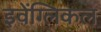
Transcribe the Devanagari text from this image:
इवेंग्लिकल